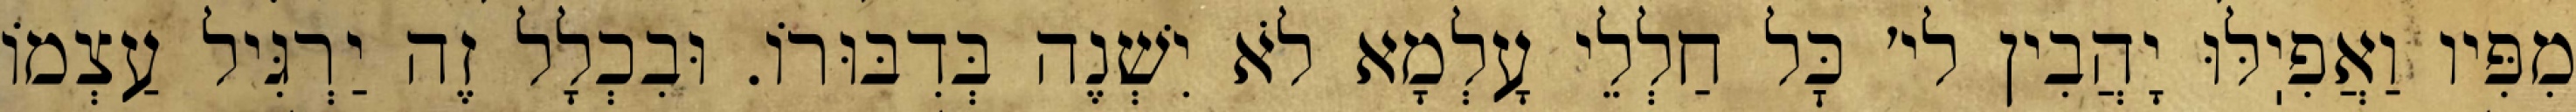
מִפִּיו וַאֲפִיֽלּוּ יָהֲבִין לי׳ כׇּל חַלְלֵי עָלְמָא לֹא יִשְׁנֶה בְּדִבּוּרוֹ. וּבִכְלָל זֶה יַרְגִּיל עַצְמוֹ